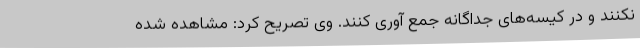
نکنند و در کیسه‌های جداگانه جمع آوری کنند. وی تصریح کرد: مشاهده شده